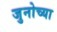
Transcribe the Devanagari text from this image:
जुनोच्या